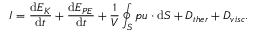
I = \frac { \mathrm { d } E _ { K } } { \mathrm { d } t } + \frac { \mathrm { d } E _ { P E } } { \mathrm { d } t } + \frac { 1 } { V } \oint _ { S } p \boldsymbol { u } \cdot \mathrm { d } \boldsymbol { S } + D _ { t h e r } + D _ { v i s c } .